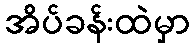
အိပ်ခန်းထဲမှာ